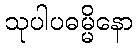
သုပါပဓမ္မိနော